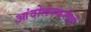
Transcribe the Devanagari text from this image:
आंदोलनकरीयों